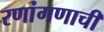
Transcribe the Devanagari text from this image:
रणांगणाची